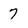
Character: 7